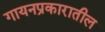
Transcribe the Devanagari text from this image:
गायनप्रकारातील